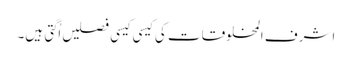
اشرف المخلوقات کی کیسی کیسی فصلیں اُگتی ہیں۔